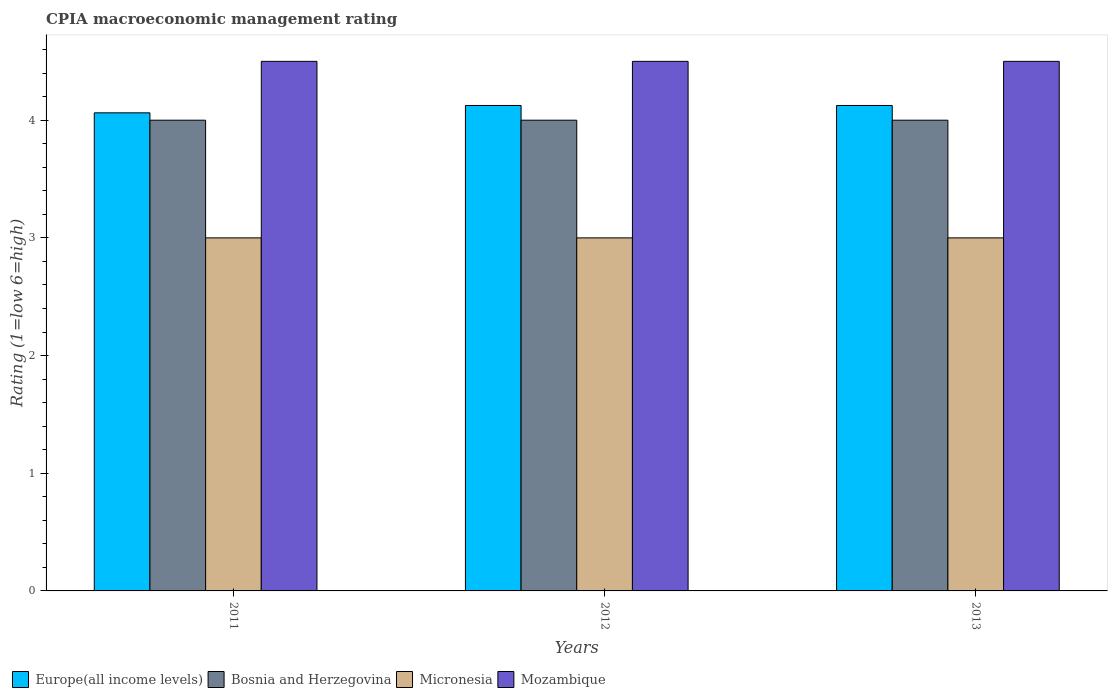
| Years | Europe(all income levels) | Bosnia and Herzegovina | Micronesia | Mozambique |
 | --- | --- | --- | --- | --- |
 | 2011 | 4.06 | 4 | 3 | 4.5 |
 | 2012 | 4.12 | 4 | 3 | 4.5 |
 | 2013 | 4.12 | 4 | 3 | 4.5 |